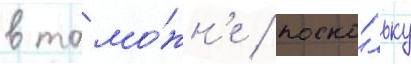
в тамо́жн'е / поско́льку